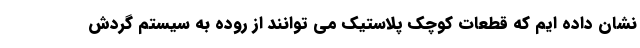
نشان داده ایم که قطعات کوچک پلاستیک می توانند از روده به سیستم گردش